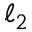
\ell _ { 2 }